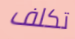
تكلف